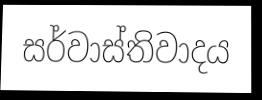
සර්වාස්තිවාදය